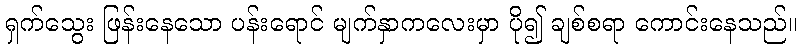
ရှက်သွေး ဖြန်းနေသော ပန်းရောင် မျက်နှာကလေးမှာ ပို၍ ချစ်စရာ ကောင်းနေသည်။